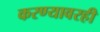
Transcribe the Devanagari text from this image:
करण्यावरही